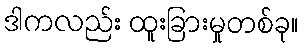
ဒါကလည်း ထူးခြားမှုတစ်ခု။